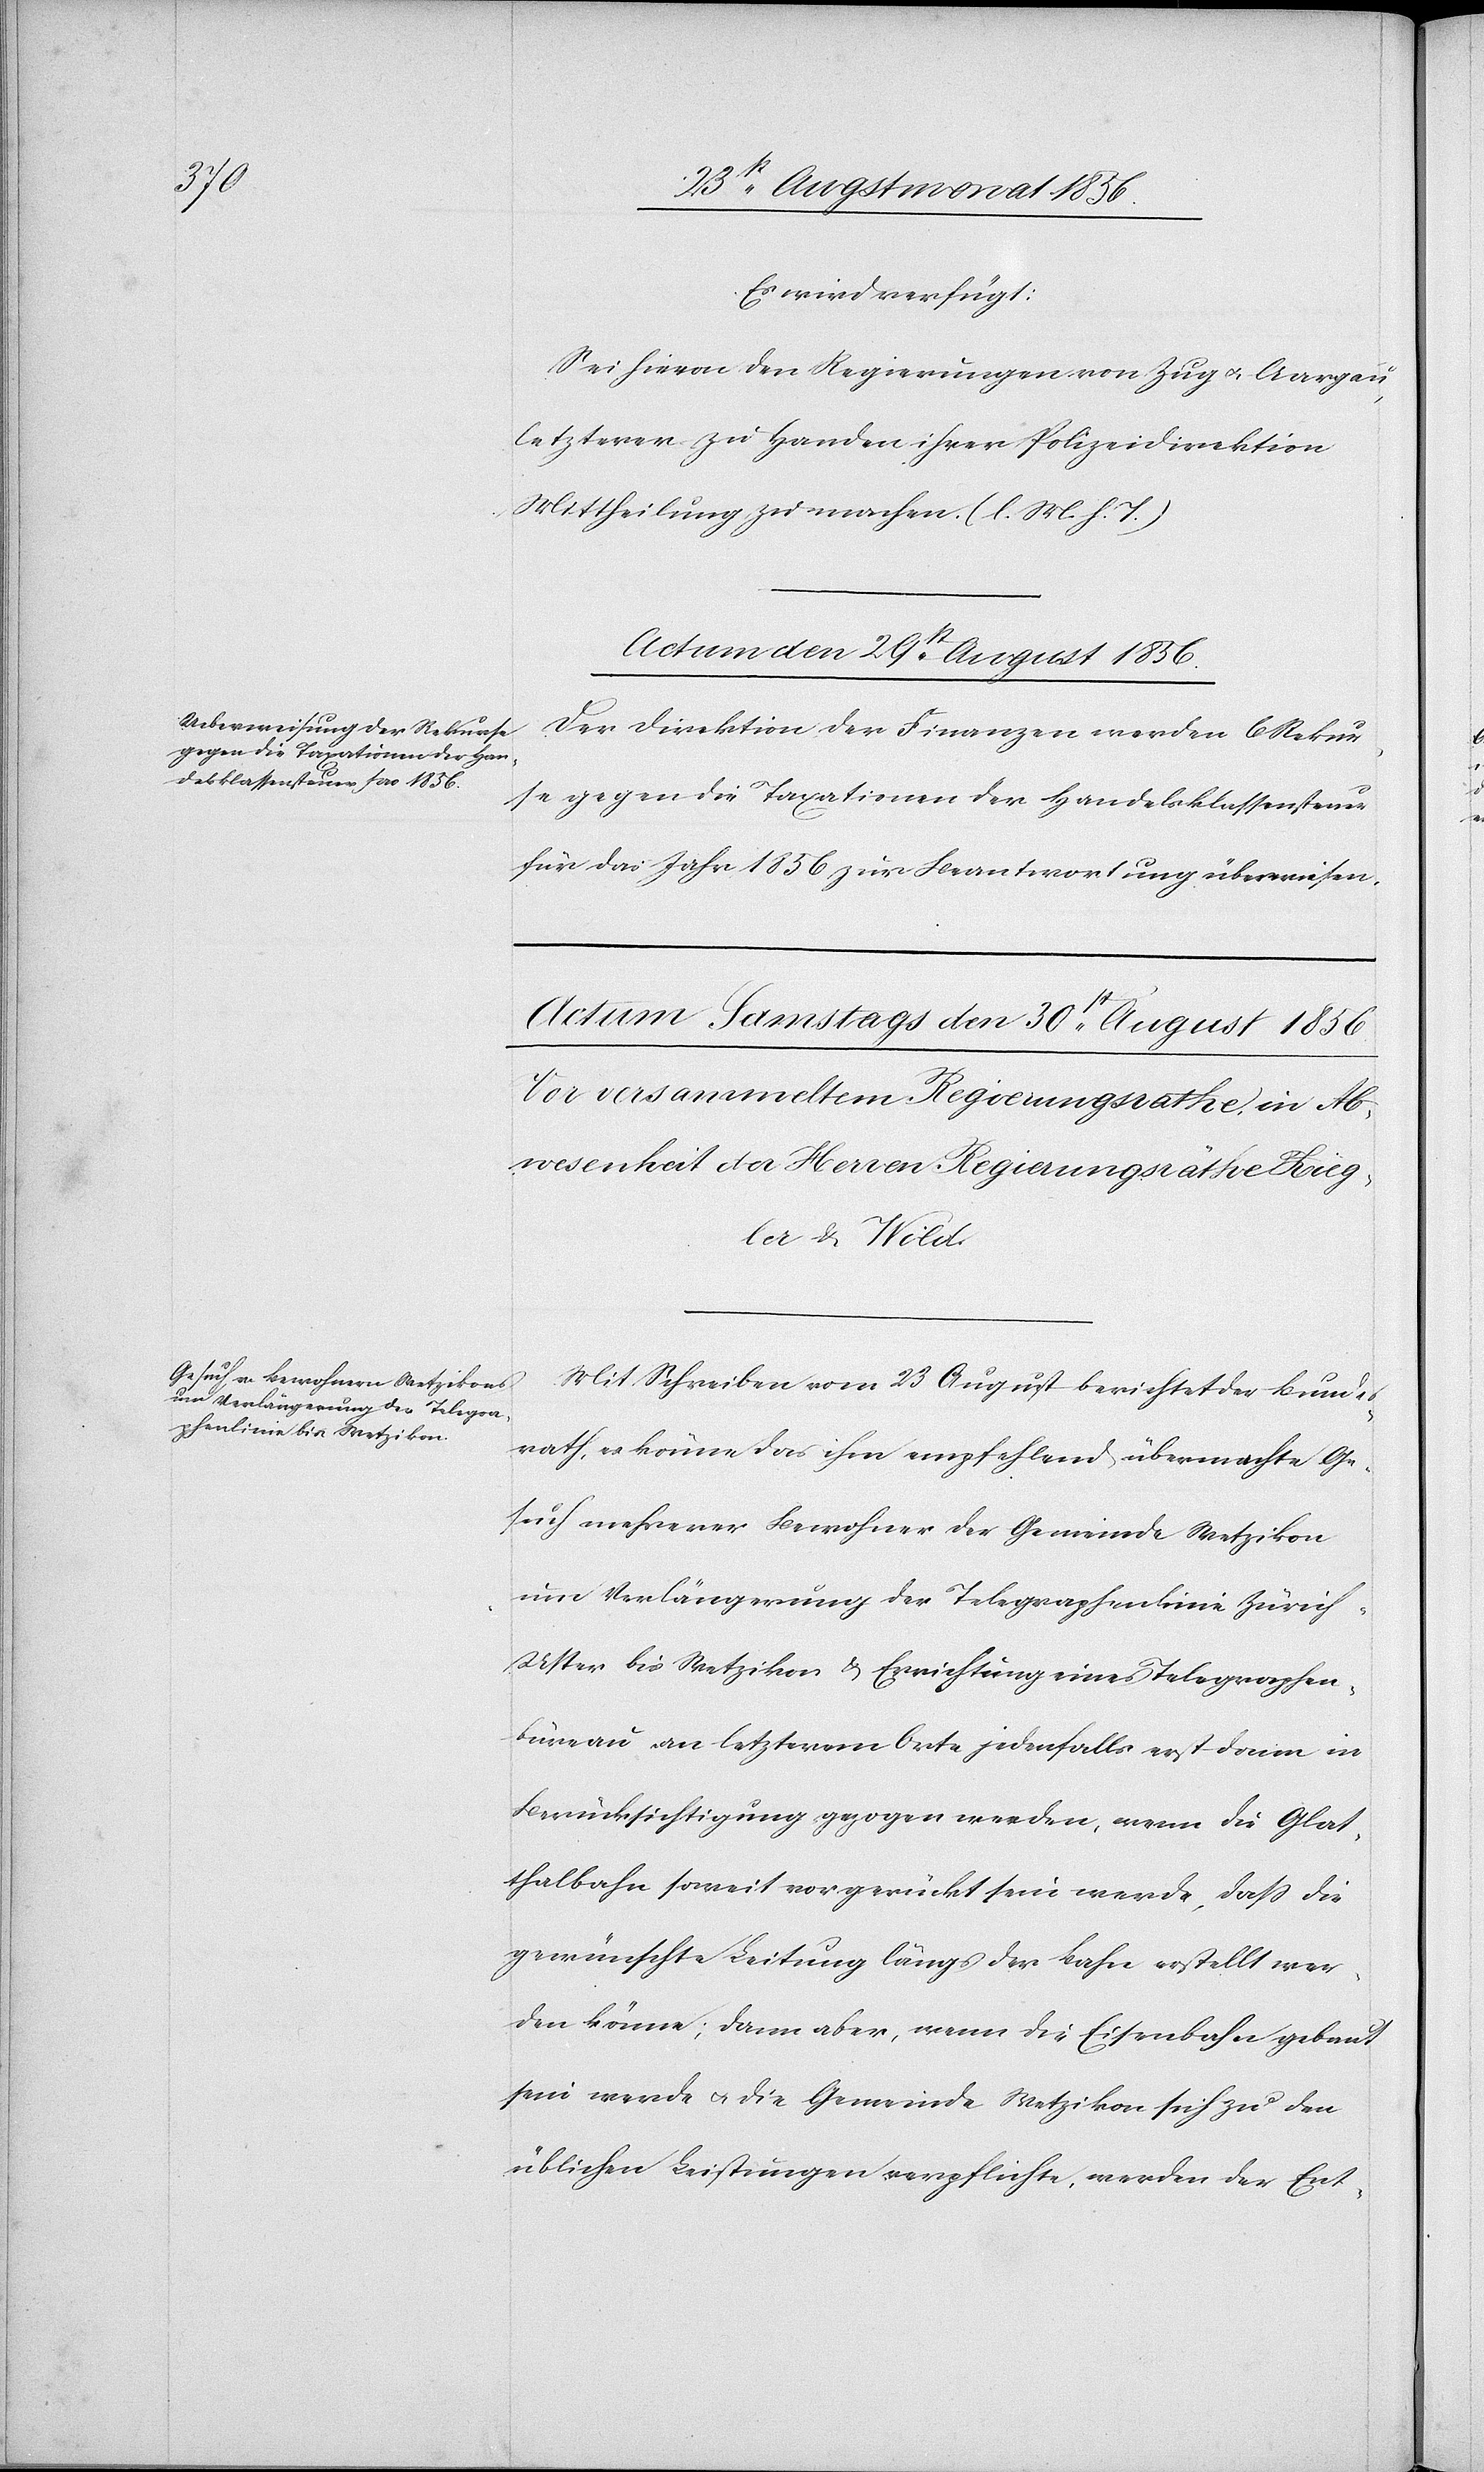
Es wird verfügt:
Sei hievon den Regierungen von Zug u. Aargau,
letzterer zu Handen ihrer Polizeidirektion
Mittheilung zu machen. (l. M. h. T.)
Actum den 29st August 1856.
Der Direktion der Finanzen werden 6 Rekur¬
se gegen die Taxationen der Handelsklassensteuer
für das Jahr 1856 zur Beantwortung überwiesen.
Mit Schreiben vom 23 August berichtet der Bundes¬
rath, es könne das ihm empfehlend übermachte Ge¬
such mehrerer Bewohner der Gemeinde Wetzikon
um Verlängerung der Telegraphenlinie Zürich-U¬
ster bis Wetzikon & Errichtung eines Telegraphen¬
büreau an letzterem Orte jedenfalls erst dann in
Berücksichtigung gezogen werden, wenn die Glat¬
thalbahn soweit vorgerückt sein werde, dass die
gewünschte Leitung längs der Bahn erstellt wer¬
den könne; dann aber, wenn die Eisenbahn gebaut
sein werde u. die Gemeinde Wetzikon sich zu den
üblichen Leistungen verpflichte, werden der Ent-